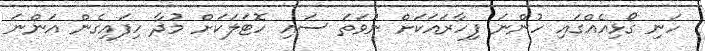
ހަނި ގޯޅިއެއްގައި ހުންނަ ފިހާރައަކަށް ނުވަތަ ސައި ހޮޓަލަކަށް މުދާ ހިފައިގެން އަންނަ